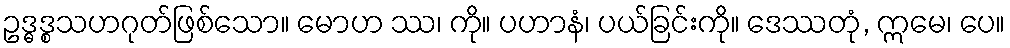
ဥဒ္ဓဒ္စသဟဂုတ်ဖြစ်သော။ မောဟ ဿ၊ ကို။ ပဟာနံ၊ ပယ်ခြင်းကို။ ဒေဿတုံ, ဣမေ၊ ပေ။